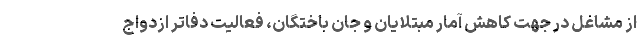
از مشاغل در جهت کاهش آمار مبتلایان و جان باختگان، فعالیت دفاتر ازدواج